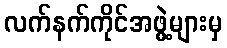
လက်နက်ကိုင်အဖွဲ့များမှ